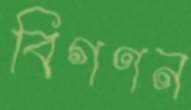
বিগণন